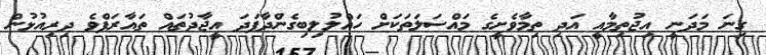
ގިނަ މަދަނީ އިޖުތިމާއީ އަދި ތިމާވެށީގެ މައްސަލަތަކަށް ހައްލުލިބިގެންދާފަދަ އީޖާދުތައް ތައާރަފްވެ ދިރިއުޅުން